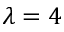
\lambda = 4